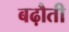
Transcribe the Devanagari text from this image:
बढ़ौती